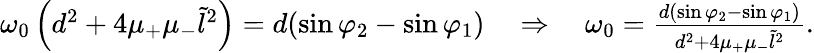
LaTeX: \begin{array}{r}{\omega_{0}\left(d^{2}+4\mu_{+}\mu_{-}\tilde{l}^{2}\right)=d(\sin\varphi_{2}-\sin\varphi_{1})\quad\Rightarrow\quad\omega_{0}=\frac{d(\sin\varphi_{2}-\sin\varphi_{1})}{d^{2}+4\mu_{+}\mu_{-}\tilde{l}^{2}}.}\end{array}